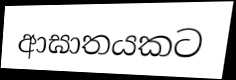
ආඝාතයකට